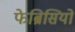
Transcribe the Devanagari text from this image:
फेब्रिसियो